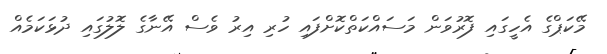
މޭކަޕްގެ އެހީގައި ފޮރުވަން މަސައްކަތްކޮށްފައި ހުރި އިރު ވެސް އޭނާގެ ލޮލުގައި ދުޅަކަމެއް